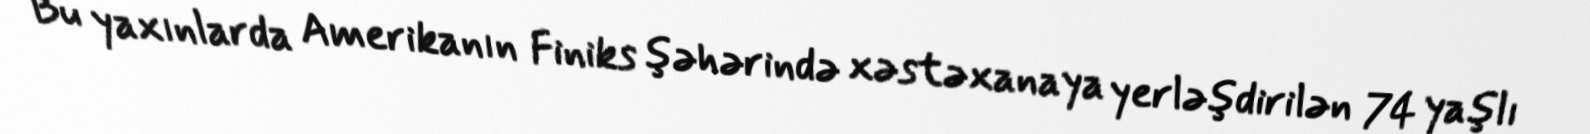
Bu yaxınlarda Amerikanın Finiks şəhərində xəstəxanaya yerləşdirilən 74 yaşlı